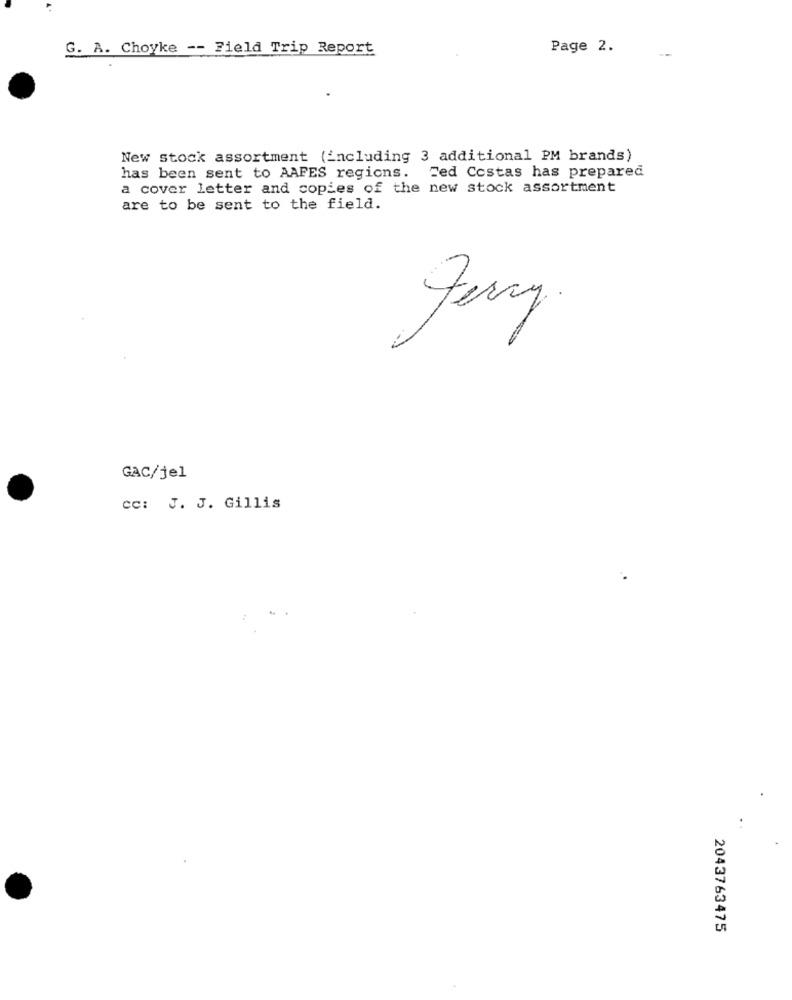
G. A. Choyke -- Field Trip Report
Page 2.
--
New stock assortment (including 3 additional PM brands)
has been sent to AAFES regions. Fed Costas has prepared
a cover letter and copies of the new stock assortment
are to be sent to the field.
GAC/jel
cc: J. J. Gillis
2043763475